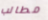
مطالب